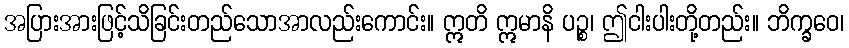
အပြားအားဖြင့်သိခြင်းတည်သောအာလည်းကောင်း။ ဣတိ ဣမာနိ ပဉ္စ၊ ဤငါးပါးတို့တည်း။ ဘိက္ခဝေ၊